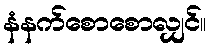
နံနက်စောစောလျှင်။